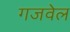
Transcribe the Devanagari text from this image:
गजवेल